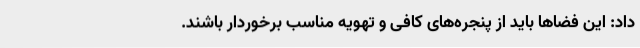
داد: این فضاها باید از پنجره‌های کافی و تهویه مناسب برخوردار باشند.